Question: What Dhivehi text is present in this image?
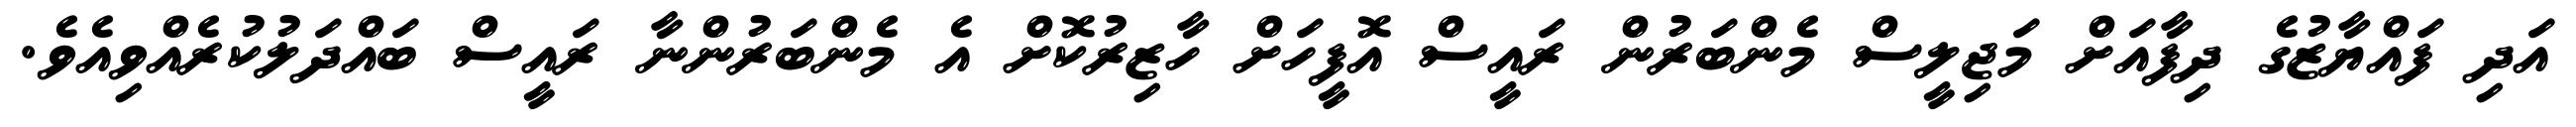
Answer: އަދި ފައްޔާޒުގެ ދިފާއަށް މަޖިލީސް މެންބަރުން ރައީސް އޮފީހަށް ހާޒިރުކޮށް އެ މެންބަރުންނާ ރައީސް ބައްދަލުކުރެއްވިއެވެ.